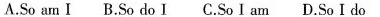
A.So am I B.So do I C.So I am D.So I do